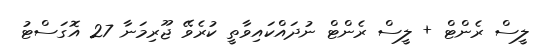
ލީސް ރެންޓް + ލީސް ރެންޓް ނުދައްކައިވާތީ ކުރެވޭ ޖޫރިމަނާ 27 އޮގަސްޓު